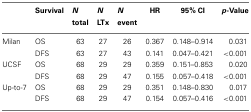
<table><thead><tr><td></td><td><b>Survival</b></td><td><b><i>N</i> total</b></td><td><b><i>N</i> LTx</b></td><td><b><i>N</i> event</b></td><td><b>HR</b></td><td><b>95% CI</b></td><td><b><i>p</i>-Value</b></td></tr></thead><tbody><tr><td>Milan</td><td>OS</td><td>63</td><td>27</td><td>26</td><td>0.367</td><td>0.148–0.914</td><td>0.031</td></tr><tr><td></td><td>DFS</td><td>63</td><td>27</td><td>43</td><td>0.141</td><td>0.047–0.421</td><td>&lt;0.001</td></tr><tr><td>UCSF</td><td>OS</td><td>68</td><td>29</td><td>29</td><td>0.359</td><td>0.151–0.853</td><td>0.020</td></tr><tr><td></td><td>DFS</td><td>68</td><td>29</td><td>47</td><td>0.155</td><td>0.057–0.418</td><td>&lt;0.001</td></tr><tr><td>Up-to-7</td><td>OS</td><td>68</td><td>29</td><td>29</td><td>0.351</td><td>0.148–0.830</td><td>0.017</td></tr><tr><td></td><td>DFS</td><td>68</td><td>29</td><td>47</td><td>0.154</td><td>0.057–0.416</td><td>&lt;0.001</td></tr></tbody></table>